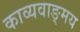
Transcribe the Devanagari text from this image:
काव्यवाङ्‌मय